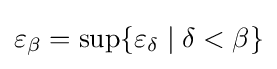
\varepsilon _{\beta }=\sup \lbrace \varepsilon _{\delta }\mid \delta <\beta \rbrace